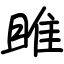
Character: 雎